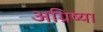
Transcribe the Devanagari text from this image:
अग्रिष्या